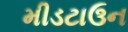
મીડટાઉન